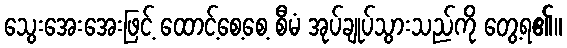
သွေးအေးအေးဖြင့် ထောင့်စေ့စေ့ စီမံ အုပ်ချုပ်သွားသည်ကို တွေ့ရ၏။